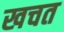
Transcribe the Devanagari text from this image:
खचत